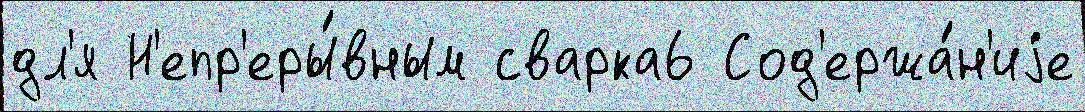
дл'я Н'епр'еры́вным сварка6 Сод'ержа́н'иjе